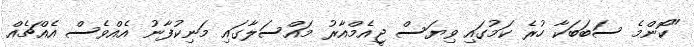
"ކޮންމެ ސަބަބަކާ ހުރެ ކަމުގައި ވިޔަސް ޖީއެމްއާރު މައްސަލާގައި މަނިކުފާނު އެއްވެސް އެއްޗެއް